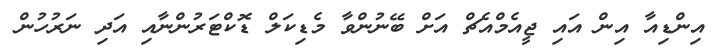
އިންޑިއާ އިން އައި ޖީއެމްއެޗް އަށް ބޭނުންވާ މެޑިކަލް ޑޮކްޓަރުންނާއި އަދި ނަރުހުން